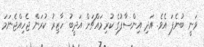
ވަނީ ބުނެފަ އެވެ. އަދި އިންސާފުގެ ކުރިމައްޗަށް އަދީބު ހާޒިރު ކުރަން ޖެހިއްޖެނަމަ